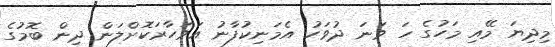
މިދިޔަ މޭއި މަހުގެ ހަ ވަނަ ދުވަހު އެމަނިކުފާނު އަވަހާރަކޮށްލަން ދިން ބޮމުގެ